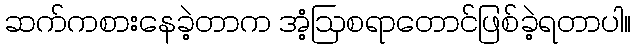
ဆက်ကစားနေခဲ့တာက အံ့ဩစရာတောင်ဖြစ်ခဲ့ရတာပါ။